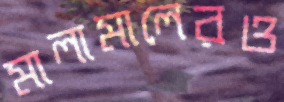
মালামালেরও